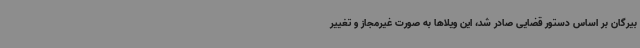
بیرگان بر اساس دستور قضایی صادر شد، این ویلاها به صورت غیرمجاز و تغییر